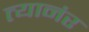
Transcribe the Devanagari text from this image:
त्यानंर